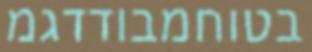
בטוחמבודדגמ